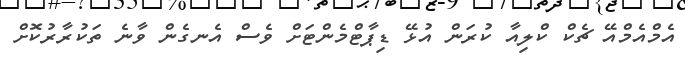
އެމްއެމްއޭ ޗެކް ކްލިއާ ކުރަން އުޅޭ ޑިޕާޓްމެންޓަށް ވެސް އެނގެން ވާނެ ތަކުރާރުކޮށް